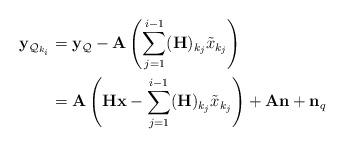
LaTeX: \begin{align*}\begin{aligned}\mathbf{y}_{\mathcal{Q}_{k_{i}}}&=\mathbf{y}_{\mathcal{Q}}-\mathbf{A}\left(\sum_{j=1}^{i-1}(\mathbf{H})_{k_{j}}\tilde{x}_{k_{j}}\right)\\&=\mathbf{A}\left(\mathbf{Hx}-\sum_{j=1}^{i-1}(\mathbf{H})_{k_{j}}\tilde{x}_{k_{j}}\right)+\mathbf{An}+\mathbf{n}_q\end{aligned}\end{align*}